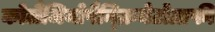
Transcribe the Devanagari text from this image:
कोलैंजियोपैन्क्रियेटोग्राफी